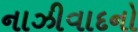
નાઝીવાદનો